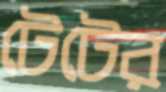
টেটের